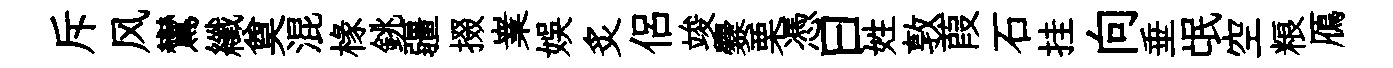
斥风鸞纖奠混椽銚疆掇嶪娱炙侶竣爨栗憑曰姓敦葭石挂向垂氓空粮鴈